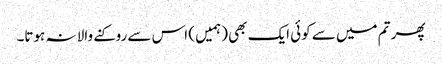
پھر تم میں سے کوئی ایک بھی (ہمیں ) اس سے روکنے والا نہ ہوتا۔